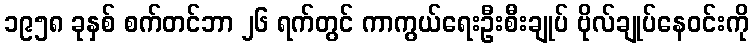
၁၉၅၈ ခုနှစ် စက်တင်ဘာ ၂၆ ရက်တွင် ကာကွယ်ရေးဦးစီးချုပ် ဗိုလ်ချုပ်နေဝင်းကို